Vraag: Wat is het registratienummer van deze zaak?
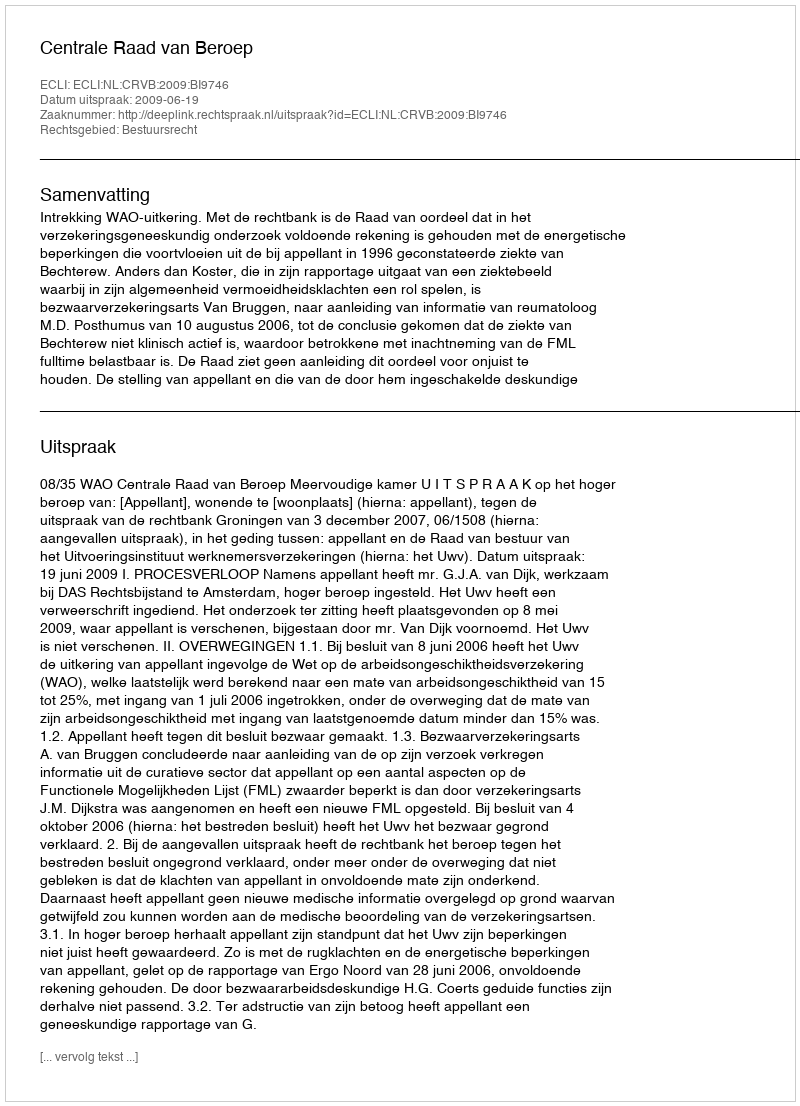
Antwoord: http://deeplink.rechtspraak.nl/uitspraak?id=ECLI:NL:CRVB:2009:BI9746